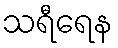
သရီရေန